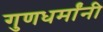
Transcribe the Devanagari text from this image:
गुणधर्मांनी